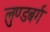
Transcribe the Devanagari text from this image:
लुण्डबर्ग